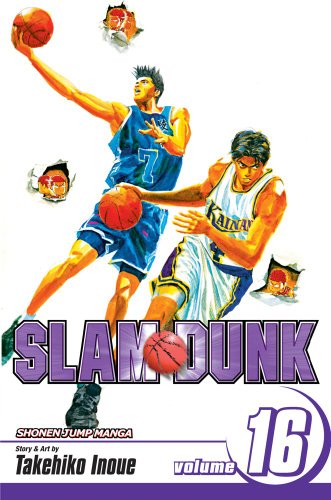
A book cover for Slam Dunk, Vol. 16; Takehiko Inoue; Comics & Graphic Novels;